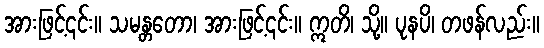
အားဖြင့်၎င်း။ သမန္တတော၊ အားဖြင့်၎င်း။ ဣတိ၊ သို့။ ပုနပိ၊ တဖန်လည်း။